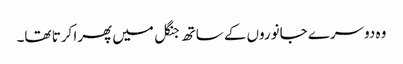
وہ دوسرے جانوروں کے ساتھ جنگل میں پھرا کرتا تھا۔